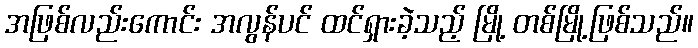
အဖြစ်လည်းကောင်း အလွန်ပင် ထင်ရှားခဲ့သည့် မြို့ တစ်မြို့ဖြစ်သည်။